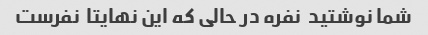
شما نوشتید  نفره در حالی که این نهایتا  نفرست